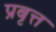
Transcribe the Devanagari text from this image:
प्रबृत्त